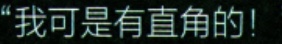
“我可是有直角的！”